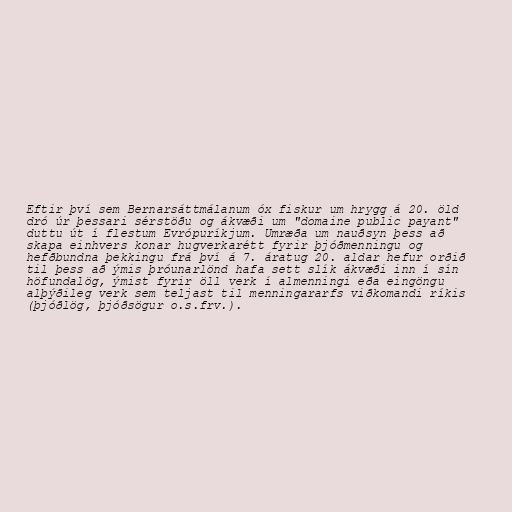
Eftir því sem Bernarsáttmálanum óx fiskur um hrygg á 20. öld
dró úr þessari sérstöðu og ákvæði um "domaine public payant"
duttu út í flestum Evrópuríkjum. Umræða um nauðsyn þess að
skapa einhvers konar hugverkarétt fyrir þjóðmenningu og
hefðbundna þekkingu frá því á 7. áratug 20. aldar hefur orðið
til þess að ýmis þróunarlönd hafa sett slík ákvæði inn í sín
höfundalög, ýmist fyrir öll verk í almenningi eða eingöngu
alþýðileg verk sem teljast til menningararfs viðkomandi ríkis
(þjóðlög, þjóðsögur o.s.frv.).